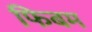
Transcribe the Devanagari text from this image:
फिबम